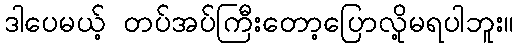
ဒါပေမယ့် တပ်အပ်ကြီးတော့ပြောလို့မရပါဘူး။